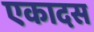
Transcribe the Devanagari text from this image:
एकादस